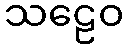
သဠေဝ